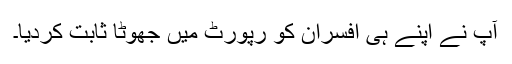
آپ نے اپنے ہی افسران کو رپورٹ میں جھوٹا ثابت کردیا۔